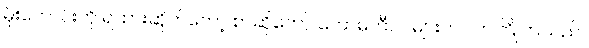
မိုးကောင်းကို ရထားဆိုက်တော့ စာဆိုတော် ကော်မတီဝင်များက လာကြိုကြသည်။